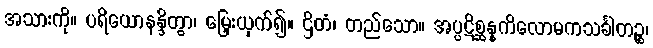
အသားကို။ ပရိယောနန္ဒိတွာ၊ မြှေးယှက်၍။ ဌိတံ၊ တည်သော။ အပ္ပဋိစ္ဆန္နကိလောမကသင်္ခါတဉ္စ၊